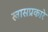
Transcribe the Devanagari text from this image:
खासप्रकारे